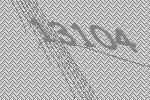
13104